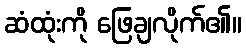
ဆံထုံးကို ဖြေချလိုက်၏။